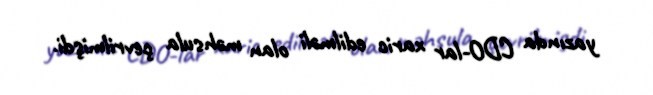
yazında CDO-lar xaric edilməli olan məhsula çevrilmişdi.